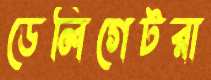
ডেলিগেটরা